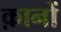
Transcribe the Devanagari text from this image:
क़ानों